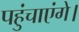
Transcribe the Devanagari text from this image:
पहुंचाएंगे।